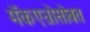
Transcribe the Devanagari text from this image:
मॅकएन्रोसोबत